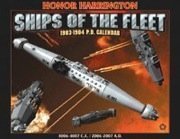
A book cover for Honor Harrington Ships of the Fleet 2007 Calendar; Ad Astra Games; Calendars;